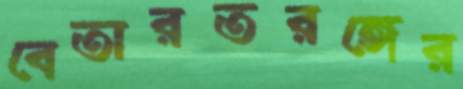
বেতারতরঙ্গের